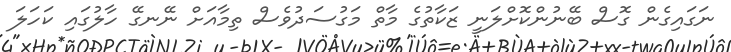
ނަގައިގެން ގޮސް ބޭނުންކޮށްލަނީ ޒަކާތުގެ މާތް މަގުސަދުވެސް ތިމާއަށް ނޭނގޭ ހާލުގައި ކަހަލަ